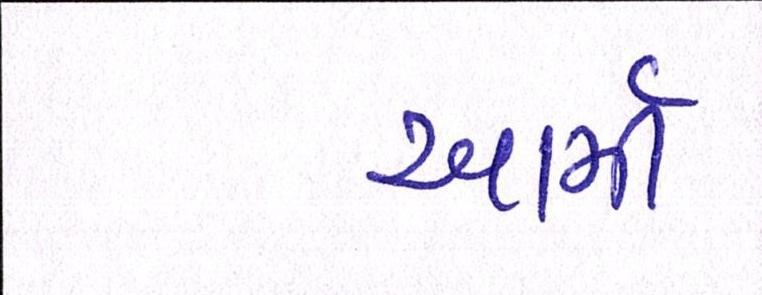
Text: આર્મી